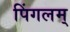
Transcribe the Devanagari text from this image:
पिंगलम्